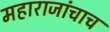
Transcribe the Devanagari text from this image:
महाराजांचाच